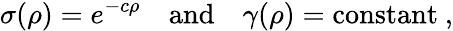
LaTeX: \sigma(\rho)=e^{-c\rho}\quad\mathrm{and}\quad\gamma(\rho)=\mathrm{constant}~,